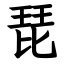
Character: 琵